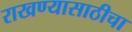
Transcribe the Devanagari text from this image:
राखण्यासाठीचा